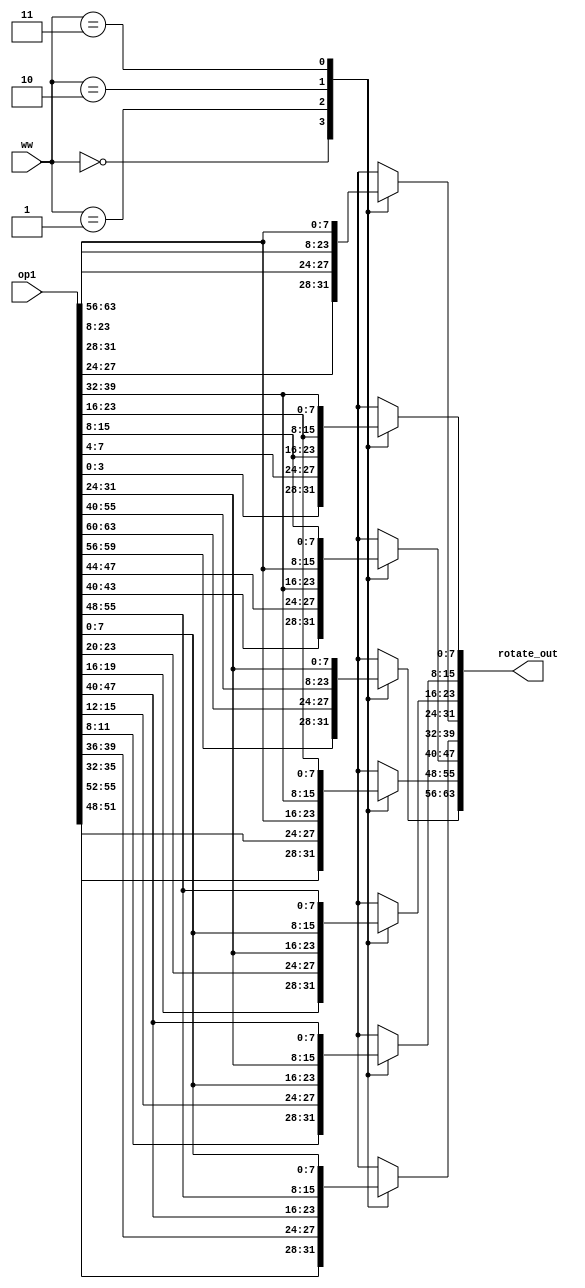
module rotator(
	input [0:63] op1,
	input [1:0] ww,
	output reg [0:63] rotate_out
	);

	always @(*) begin
		case(ww)
			2'b00: begin
				rotate_out[0:7]   = {op1[4:7], op1[0:3]};
				rotate_out[8:15]  = {op1[12:15], op1[8:11]};
				rotate_out[16:23] = {op1[20:23], op1[16:19]};
				rotate_out[24:31] = {op1[28:31], op1[24:27]};
				rotate_out[32:39] = {op1[36:39], op1[32:35]};
				rotate_out[40:47] = {op1[44:47], op1[40:43]};
				rotate_out[48:55] = {op1[52:55], op1[48:51]};
				rotate_out[56:63] = {op1[60:63], op1[56:59]};
			end
			2'b01: begin
				rotate_out[0:15]  = {op1[8:15], op1[0:7]};
				rotate_out[16:31] = {op1[24:31], op1[16:23]};
				rotate_out[32:47] = {op1[40:47], op1[32:39]};
				rotate_out[48:63] = {op1[56:63], op1[48:55]};
			end
			2'b10: begin
				rotate_out[0:31]  = {op1[16:31], op1[0:15]};
				rotate_out[32:63] = {op1[48:63], op1[32:47]};
			end
			2'b11: begin
				rotate_out[0:63] = {op1[32:63], op1[0:31]};
			end
		endcase
	end
endmodule